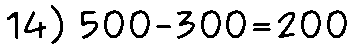
14) 500-300=200